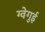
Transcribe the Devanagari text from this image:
ग्वेगुई